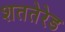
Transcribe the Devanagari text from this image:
शततेरेड